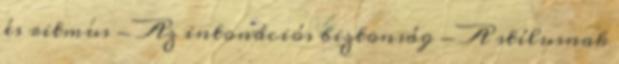
és ritmus - Az intonációs biztonság - A stílusnak